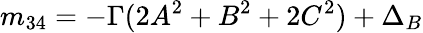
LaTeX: m_{34}=-\Gamma(2A^{2}+B^{2}+2C^{2})+\Delta_{B}